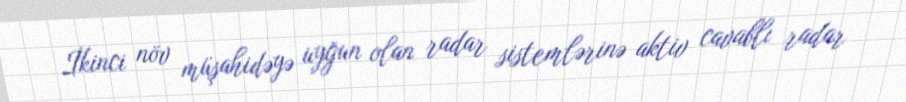
İkinci növ müşahidəyə uyğun olan radar sistemlərinə aktiv cavablı radar